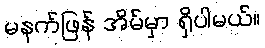
မနက်ဖြန် အိမ်မှာ ရှိပါမယ်။